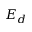
E _ { d }